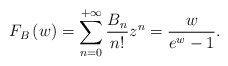
\begin{align*}F_{B}\left(w\right)= \sum_{n = 0}^{+ \infty}\frac{B_n}{n!}z^n =\frac{w}{e^{w}-1}.\end{align*}